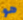
هو